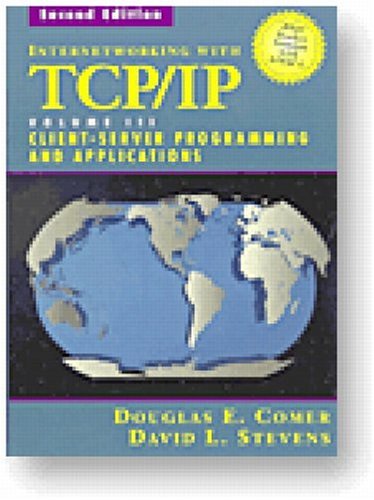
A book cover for Internetworking with TCP/IP Vol. III, Client-Server Programming and Applications--BSD Socket Version (2nd Edition); Douglas E. Comer; Computers & Technology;